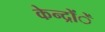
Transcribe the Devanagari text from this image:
केन्द्रोंें